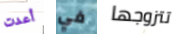
أعدت في تتزوجها